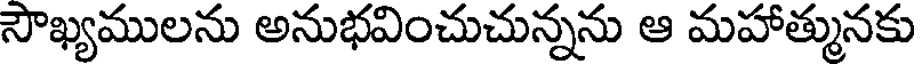
సౌఖ్యములను అనుభవించుచున్నను ఆ మహాత్మునకు